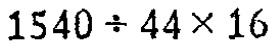
$1540\div 44\times 16$